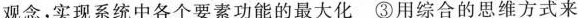
观念，实现系统中各个要素功能的最大化③用综合的思维方式来